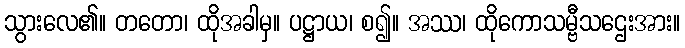
သွားလေ၏။ တတော၊ ထိုအခါမှ။ ပဋ္ဌာယ၊ စ၍။ အဿ၊ ထိုကောသမ္ဗီသဌေးအား။